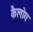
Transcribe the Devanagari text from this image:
कैलोग